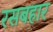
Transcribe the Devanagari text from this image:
रसबहार